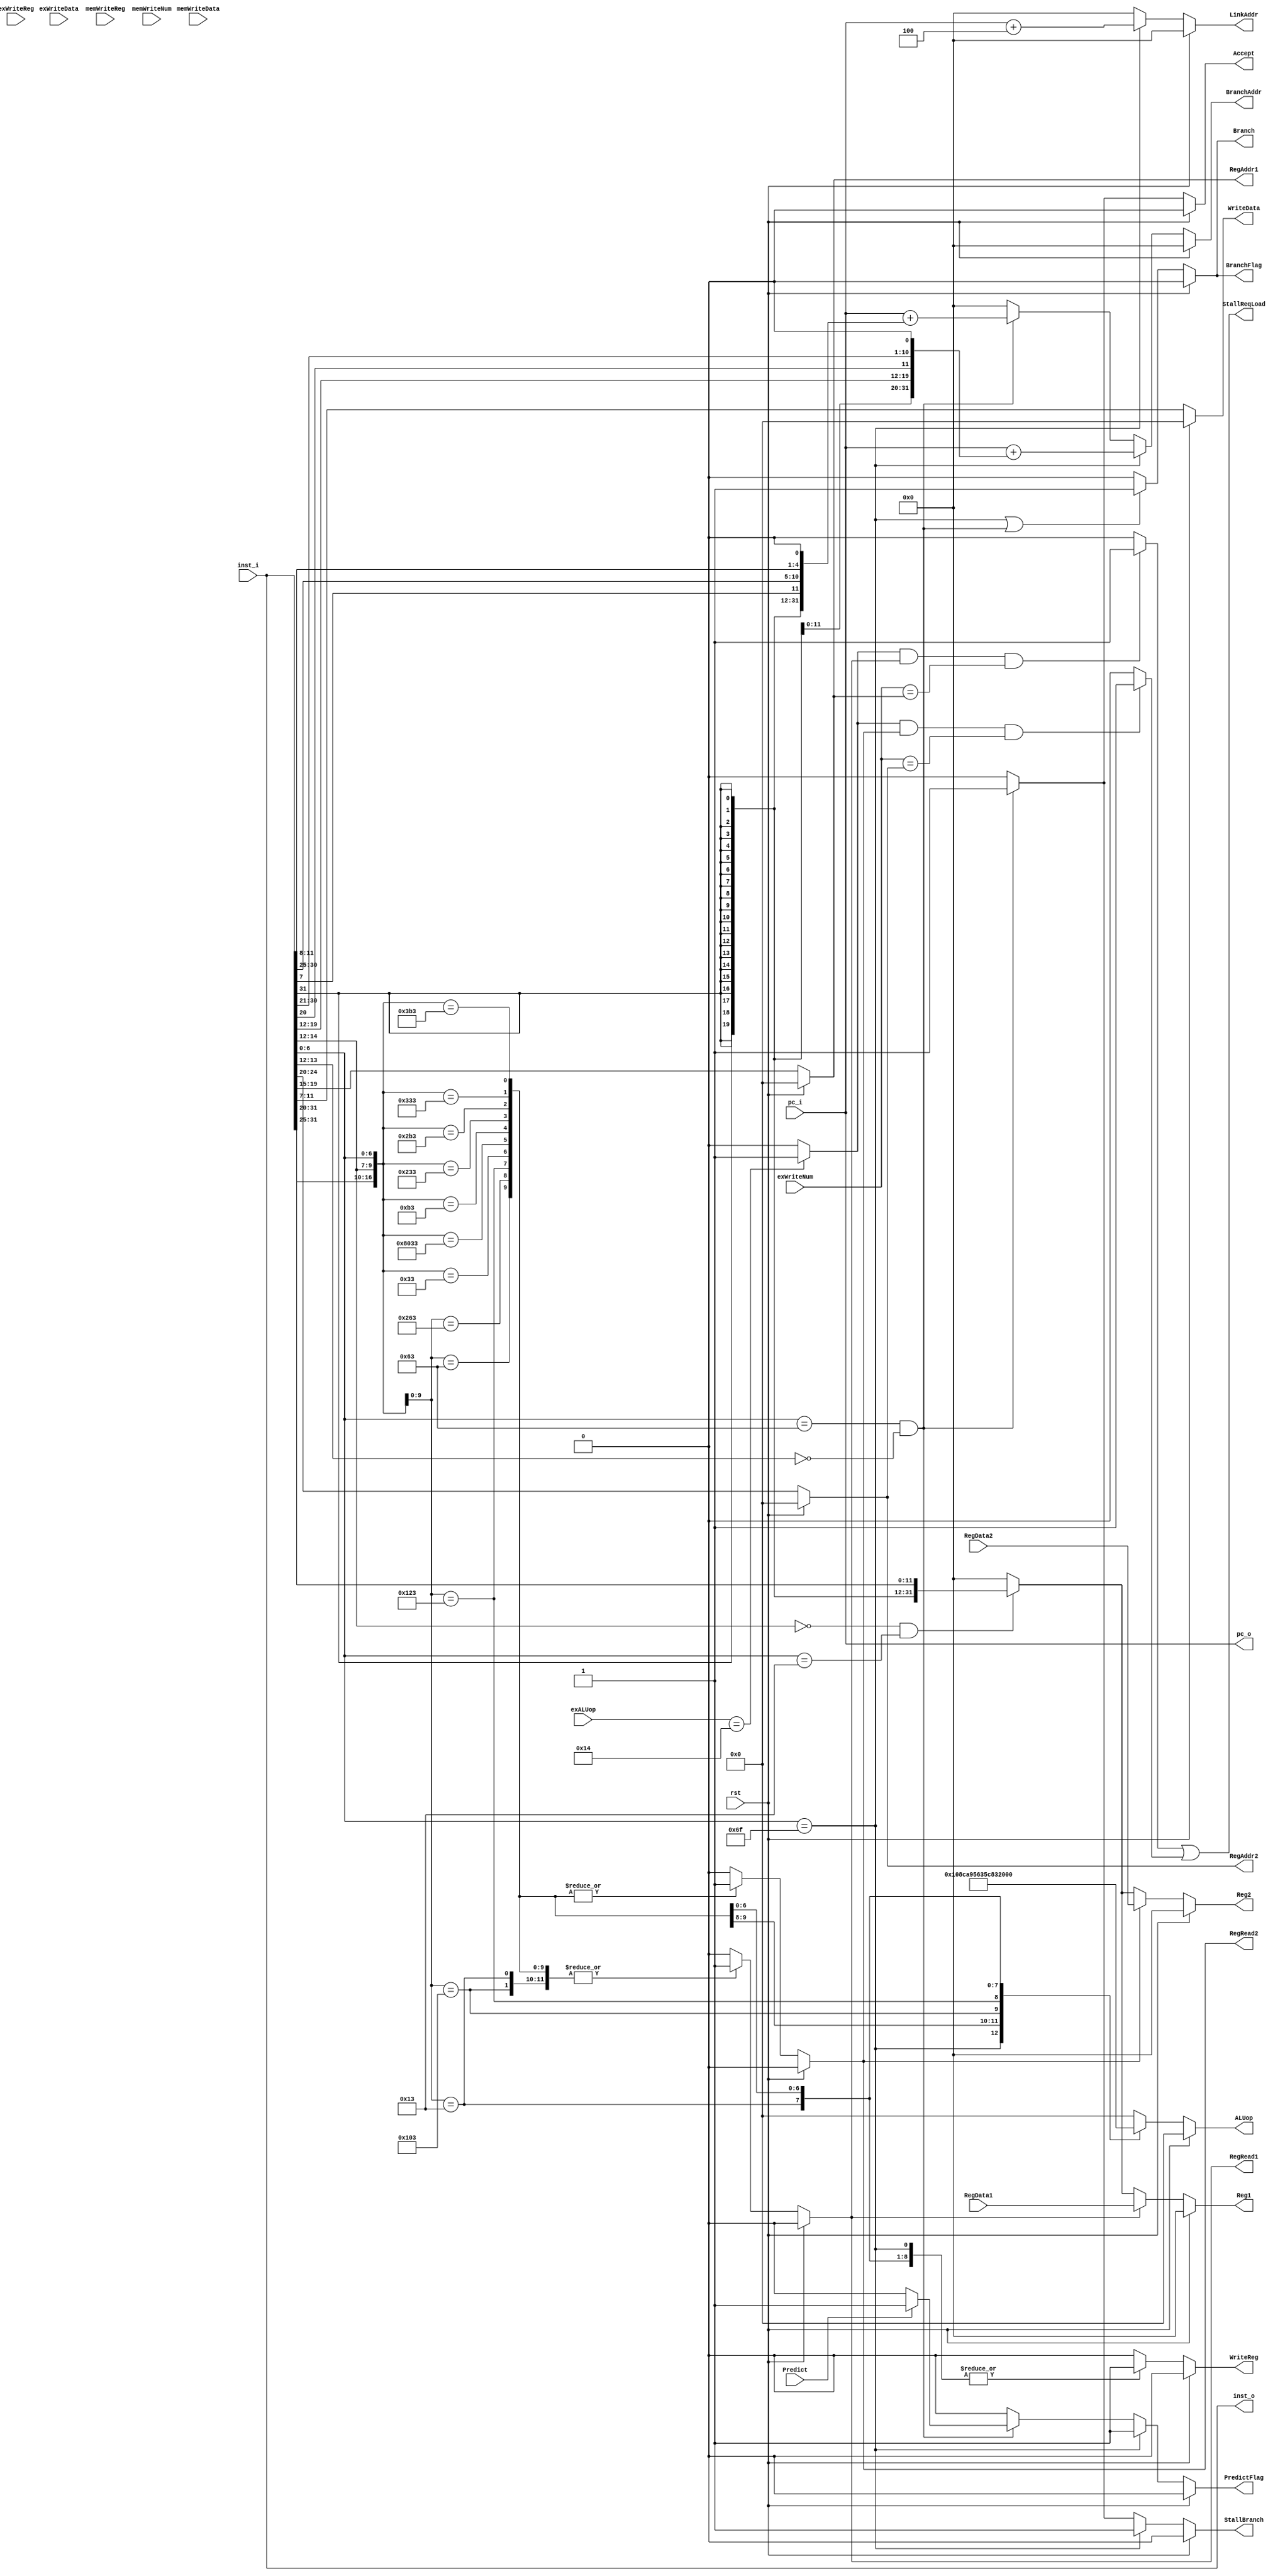
/*
 * Ask me anything: via repo/issue, or e-mail: vencifreeman16@sjtu.edu.cn.
 * School: Shanghai Jiao Tong University.

 * Description:
 * This file determines the ALUop and determines what to do.

 * Details:
 * - Decode the instruction, get ALUop by opcode, funct3 and funct7;
 * - Determine if the register needs to be read or not and send the register
 *   numbers rs1, rs2 to the register file, and read the corresponding data as the
 *   source operand;
 * - Determine if the register needs to be written or not then output target
 *   register number rd and write register flag for register write back;
 * - Determine if the branch instruction is true or not and calculate the jump
 *   address (or in ex.v);
 * - Sign extension (or unsigned extension) for instructions containing immediate
 *   values as one of the source operands.

 * History:
 * - 19/12/27: Create this pipeline file;
 * - 19/12/28: Add predict and stall;
 * - 19/12/29: Finished!

 * Notes:
 ***************************************************************************************
 * Inst * ALUSrc * MemToReg * RegWrite * MemRead * MemWrite * Branch * ALUOp1 * ALUOp0 *
 ***************************************************************************************
 *   R  *    0   *     0    *     1    *    0    *     0    *    0   *    1   *    0   *
 ***************************************************************************************
 *  lw  *    1   *     1    *     1    *    1    *     0    *    0   *    0   *    0   *
 ***************************************************************************************
 *  sw  *    1   *     x    *     0    *    0    *     1    *    0   *    0   *    0   *
 ***************************************************************************************
 * beq  *    0   *     x    *     0    *    0    *     0    *    1   *    0   *    1   *
 ***************************************************************************************
 */

module ID(

    input   wire        rst,
    input   wire[31:0]  pc_i,
    input   wire[31:0]  inst_i,
    input   wire[31:0]  RegData1,
    input   wire[31:0]  RegData2,

    input   wire[4:0]	exALUop,
	input   wire		exWriteReg,
	input   wire[31:0]	exWriteData,
	input   wire[4:0]   exWriteNum,
	input   wire		memWriteReg,
	input   wire[31:0]	memWriteData,
	input   wire[4:0]   memWriteNum,
    input   wire 		Predict,
    
    output  reg         RegRead1,     // if read register or not
    output  reg         RegRead2,     // if read register or not
    output  reg [4:0]   RegAddr1,
    output  reg [4:0]   RegAddr2,

    output  reg [4:0]   ALUop,
    output  reg [31:0]  Reg1,
    output  reg [31:0]  Reg2,
    output  reg [4:0]   WriteData,
    output  reg         WriteReg,     // if write register or not

    output  reg         Branch,       // if branch or not
    output  reg [31:0]  BranchAddr,   // branch address
    output  reg [31:0]  LinkAddr,     // link address for jal
    output  wire[31:0]  inst_o,
	output  wire[31:0] 	pc_o,
    output  reg			BranchFlag,
	output  reg			Accept,
	output  reg			PredictFlag,
    output  reg         StallBranch,	
	output  wire        StallReqLoad

);

    reg inst_valid;
    reg [31:0] imm;

    wire[31:0] pc_add_4;
    wire[31:0] pc_add_imm_B;
    wire[31:0] pc_add_imm_J;
    wire[4:0]  rs1_addr = inst_i[19:15];
    wire[4:0]  rs2_addr = inst_i[24:20];
    wire[4:0]  rd_addr  = inst_i[11:7];


    wire[31:0] imm_I = {{21{inst_i[31:31]}}, inst_i[30:20]};
    wire[31:0] imm_S = {{21{inst_i[31:31]}}, inst_i[30:25], inst_i[11:7]};
    wire[31:0] imm_B = {{20{inst_i[31:31]}}, inst_i[ 7: 7], inst_i[30:25], inst_i[11:8], 1'b0};
    wire[31:0] imm_J = {{12{inst_i[31:31]}}, inst_i[19:12], inst_i[20:20], inst_i[30:25], inst_i[24:21], 1'b0};

    assign inst_o = inst_i;
    assign pc_o = pc_i;
    assign pc_add_4 = pc_i + 4;
    assign pc_add_imm_B = pc_i + imm_B;
    assign pc_add_imm_J = pc_i + imm_J;


    reg StallReq1;
	reg StallReq2;
	wire PreInstLoad;

	assign StallReqLoad = StallReq1 | StallReq2;
	assign PreInstLoad  = ( (exALUop == 5'b10100) ) ? 1'b1 : 1'b0;

/*
 * This always part controls ALUop, it helps EX module excute the different instructions.
 */
always @ (*) begin
    if (rst)
        ALUop <= 5'b0;
    else begin
        casex (inst_i)
            32'bxxxxxxxxxxxxxxxxxxxxxxxxx1101111: ALUop <= 5'b10000;  // jal
            32'bxxxxxxxxxxxxxxxxx000xxxxx1100011: ALUop <= 5'b10001;  // beq
            32'bxxxxxxxxxxxxxxxxx100xxxxx1100011: ALUop <= 5'b10010;  // blt
            32'bxxxxxxxxxxxxxxxxx010xxxxx0000011: ALUop <= 5'b10100;  // lw
            32'bxxxxxxxxxxxxxxxxx010xxxxx0100011: ALUop <= 5'b10101;  // sw
            32'bxxxxxxxxxxxxxxxxx000xxxxx0010011: ALUop <= 5'b01100;  // addi
            32'b0000000xxxxxxxxxx000xxxxx0110011: ALUop <= 5'b01101;  // add
            32'b0100000xxxxxxxxxx000xxxxx0110011: ALUop <= 5'b01110;  // sub
            32'b0000000xxxxxxxxxx001xxxxx0110011: ALUop <= 5'b01000;  // sll
            32'b0000000xxxxxxxxxx100xxxxx0110011: ALUop <= 5'b00110;  // xor
            32'b0000000xxxxxxxxxx101xxxxx0110011: ALUop <= 5'b01001;  // srl
            32'b0000000xxxxxxxxxx110xxxxx0110011: ALUop <= 5'b00101;  // or
            32'b0000000xxxxxxxxxx111xxxxx0110011: ALUop <= 5'b00100;  // and
            default: ALUop <= 5'b0;
        endcase
    end
end

/*
 * This always part controls the signal WriteReg.
 */
always @ (*) begin
    if (rst)
        WriteReg <= 1'b0;
    else begin
        casex (inst_i)
            32'bxxxxxxxxxxxxxxxxxxxxxxxxx1101111: WriteReg <= 1'b1;  // jal
            32'bxxxxxxxxxxxxxxxxx000xxxxx1100011: WriteReg <= 1'b0;  // beq
            32'bxxxxxxxxxxxxxxxxx100xxxxx1100011: WriteReg <= 1'b0;  // blt
            32'bxxxxxxxxxxxxxxxxx010xxxxx0000011: WriteReg <= 1'b1;  // lw
            32'bxxxxxxxxxxxxxxxxx010xxxxx0100011: WriteReg <= 1'b0;  // sw
            32'bxxxxxxxxxxxxxxxxx000xxxxx0010011: WriteReg <= 1'b1;  // addi
            32'b0000000xxxxxxxxxx000xxxxx0110011: WriteReg <= 1'b1;  // add
            32'b0100000xxxxxxxxxx000xxxxx0110011: WriteReg <= 1'b1;  // sub
            32'b0000000xxxxxxxxxx001xxxxx0110011: WriteReg <= 1'b1;  // sll
            32'b0000000xxxxxxxxxx100xxxxx0110011: WriteReg <= 1'b1;  // xor
            32'b0000000xxxxxxxxxx101xxxxx0110011: WriteReg <= 1'b1;  // srl
            32'b0000000xxxxxxxxxx110xxxxx0110011: WriteReg <= 1'b1;  // or
            32'b0000000xxxxxxxxxx111xxxxx0110011: WriteReg <= 1'b1;  // and
            default: WriteReg <= 1'b0;
        endcase
    end
end

/*
 * This always part controls the signal inst_valid, it checks the instructions legal or not.
 */
always @ (*) begin
    if (rst)
        inst_valid <= 1'b0;
    else begin
        casex (inst_i)
            32'bxxxxxxxxxxxxxxxxxxxxxxxxx1101111: inst_valid <= 1'b0;  // jal
            32'bxxxxxxxxxxxxxxxxx000xxxxx1100011: inst_valid <= 1'b0;  // beq
            32'bxxxxxxxxxxxxxxxxx100xxxxx1100011: inst_valid <= 1'b0;  // blt
            32'bxxxxxxxxxxxxxxxxx010xxxxx0000011: inst_valid <= 1'b0;  // lw
            32'bxxxxxxxxxxxxxxxxx010xxxxx0100011: inst_valid <= 1'b0;  // sw
            32'bxxxxxxxxxxxxxxxxx000xxxxx0010011: inst_valid <= 1'b0;  // addi
            32'b0000000xxxxxxxxxx000xxxxx0110011: inst_valid <= 1'b0;  // add
            32'b0100000xxxxxxxxxx000xxxxx0110011: inst_valid <= 1'b0;  // sub
            32'b0000000xxxxxxxxxx001xxxxx0110011: inst_valid <= 1'b0;  // sll
            32'b0000000xxxxxxxxxx100xxxxx0110011: inst_valid <= 1'b0;  // xor
            32'b0000000xxxxxxxxxx101xxxxx0110011: inst_valid <= 1'b0;  // srl
            32'b0000000xxxxxxxxxx110xxxxx0110011: inst_valid <= 1'b0;  // or
            32'b0000000xxxxxxxxxx111xxxxx0110011: inst_valid <= 1'b0;  // and
            default: inst_valid <= 1'b1;
        endcase
    end
end

/*
 * This always part controls the signal RegRead1, it decides if this instruction needs rs1 or not.
 */
always @ (*) begin
    if (rst)
        RegRead1 <= 1'b0;
    else begin
        casex (inst_i)
            32'bxxxxxxxxxxxxxxxxxxxxxxxxx1101111: RegRead1 <= 1'b0;  // jal
            32'bxxxxxxxxxxxxxxxxx000xxxxx1100011: RegRead1 <= 1'b1;  // beq
            32'bxxxxxxxxxxxxxxxxx100xxxxx1100011: RegRead1 <= 1'b1;  // blt
            32'bxxxxxxxxxxxxxxxxx010xxxxx0000011: RegRead1 <= 1'b1;  // lw
            32'bxxxxxxxxxxxxxxxxx010xxxxx0100011: RegRead1 <= 1'b1;  // sw
            32'bxxxxxxxxxxxxxxxxx000xxxxx0010011: RegRead1 <= 1'b1;  // addi
            32'b0000000xxxxxxxxxx000xxxxx0110011: RegRead1 <= 1'b1;  // add
            32'b0100000xxxxxxxxxx000xxxxx0110011: RegRead1 <= 1'b1;  // sub
            32'b0000000xxxxxxxxxx001xxxxx0110011: RegRead1 <= 1'b1;  // sll
            32'b0000000xxxxxxxxxx100xxxxx0110011: RegRead1 <= 1'b1;  // xor
            32'b0000000xxxxxxxxxx101xxxxx0110011: RegRead1 <= 1'b1;  // srl
            32'b0000000xxxxxxxxxx110xxxxx0110011: RegRead1 <= 1'b1;  // or
            32'b0000000xxxxxxxxxx111xxxxx0110011: RegRead1 <= 1'b1;  // and
            default: RegRead1 <= 1'b0;
        endcase
    end
end

/*
 * This always part controls the signal RegRead2, it decides if this instruction needs rs2 or not.
 */
always @ (*) begin
    if (rst)
        RegRead2 <= 1'b0;
    else begin
        casex (inst_i)
            32'bxxxxxxxxxxxxxxxxxxxxxxxxx1101111: RegRead2 <= 1'b0;  // jal
            32'bxxxxxxxxxxxxxxxxx000xxxxx1100011: RegRead2 <= 1'b1;  // beq
            32'bxxxxxxxxxxxxxxxxx100xxxxx1100011: RegRead2 <= 1'b1;  // blt
            32'bxxxxxxxxxxxxxxxxx010xxxxx0000011: RegRead2 <= 1'b0;  // lw
            32'bxxxxxxxxxxxxxxxxx010xxxxx0100011: RegRead2 <= 1'b1;  // sw
            32'bxxxxxxxxxxxxxxxxx000xxxxx0010011: RegRead2 <= 1'b0;  // addi
            32'b0000000xxxxxxxxxx000xxxxx0110011: RegRead2 <= 1'b1;  // add
            32'b0100000xxxxxxxxxx000xxxxx0110011: RegRead2 <= 1'b1;  // sub
            32'b0000000xxxxxxxxxx001xxxxx0110011: RegRead2 <= 1'b1;  // sll
            32'b0000000xxxxxxxxxx100xxxxx0110011: RegRead2 <= 1'b1;  // xor
            32'b0000000xxxxxxxxxx101xxxxx0110011: RegRead2 <= 1'b1;  // srl
            32'b0000000xxxxxxxxxx110xxxxx0110011: RegRead2 <= 1'b1;  // or
            32'b0000000xxxxxxxxxx111xxxxx0110011: RegRead2 <= 1'b1;  // and
            default: RegRead2 <= 1'b0;
        endcase
    end
end

/*
 * This always part controls the signal imm, it gets the right format immediate number for I-type instuctions.
 */
always @ (*) begin
    if (rst)
        imm <= 32'b0;
    else if (inst_i[14:12] == 3'b000 && inst_i[6:0] == 7'b0010011)  // addi
        imm <= imm_I;
    else
        imm <= 32'b0;
end

/*
 * This always part controls the signal LinkAddr, it gets the right address.
 */
always @ (*) begin
    if (rst)
        LinkAddr <= 32'b0;
    else if (inst_i[6:0] == 7'b1101111)  // jal
        LinkAddr <= pc_add_4;
    else
        LinkAddr <= 32'b0;
end

/*
 * This always part controls the signal BranchAddr, it gets the right address.
 */
always @ (*) begin
    if (rst)
        BranchAddr <= 32'b0;
    else if (inst_i[6:0] == 7'b1101111)  // jal
        BranchAddr <= pc_add_imm_J;
    else if (inst_i[6:0] == 7'b1100011 && inst_i[13:12] == 2'b0)  // beq, blt
        BranchAddr <= pc_add_imm_B;
    else
        BranchAddr <= 32'b0;
end

/*
 * This always part controls the signal Branch, it decides if this instruction needs branch of not.
 */
always @ (*) begin
    if (rst)
        Branch <= 1'b0;
    else if (inst_i[6:0] == 7'b1101111 || (inst_i[6:0] == 7'b1100011 && inst_i[13:12] == 2'b0))  // jal, beq, blt
        Branch <= 1'b1;
    else
        Branch <= 1'b0;
end

/*
 * This always part controls the signal WriteData, it decides if this instruction needs to write data of not.
 */
always @ (*) begin
    if (rst)
        WriteData <= 5'b0;
    else
        WriteData <= rd_addr;
end

/*
 * This always part controls the signal ReadAddr1, it gets the right rs1 number.
 */
always @ (*) begin
    if (rst)
        RegAddr1 <= 5'b0;
    else
        RegAddr1 <= rs1_addr;
end

/*
 * This always part controls the signal ReadAddr2, it gets the right rs2 number.
 */
always @ (*) begin
    if (rst)
        RegAddr2 <= 5'b0;
    else
        RegAddr2 <= rs2_addr;
end

/*
 * This always part controls the signal Reg1, it gets the right rs1 data.
 */
always @ (*) begin
    if (rst)
        Reg1 <= 32'b0;
    else if (RegRead1)
        Reg1 <= RegData1;
    else if (!RegRead1)
        Reg1 <= imm;
    else
        Reg1 <= 32'b0;
end

/*
 * This always part controls the signal Reg2, it gets the right rs2 data.
 */
always @ (*) begin
    if (rst)
        Reg2 <=  32'b0;
    else if (RegRead2)
        Reg2 <= RegData2;
    else if (!RegRead2)
        Reg2 <= imm;
    else
        Reg2 <= 32'b0;
end

/*
 * This always part controls the signal BranchFlag.
 */
always @ (*) begin
    if (rst)
        BranchFlag <= 1'b0;
    else if (inst_i[6:0] == 7'b1101111 || (inst_i[6:0] == 7'b1100011 && inst_i[13:12] == 2'b00))  // jal, beq, blt
        BranchFlag <= 1'b1;
    else
        BranchFlag <= 1'b0;
end

/*
 * This always part controls the signal Accept.
 */
always @ (*) begin
    if (rst)
        Accept <= 1'b0;
    else if ((inst_i[6:0] == 7'b1100011 && inst_i[13:12] == 2'b00))  // beq, blt
        Accept <= 1'b1;
    else
        Accept <= 1'b0;
end

/*
 * This always part controls the signal PredictFlag.
 */
always @ (*) begin
    if (rst)
        PredictFlag <= 1'b0;
    else if (inst_i[6:0] == 7'b1101111)  // jal
        PredictFlag <= 1'b1;
    else if ((inst_i[6:0] == 7'b1100011 && inst_i[13:12] == 2'b00))  // beq, blt
        PredictFlag <= Predict ? 1'b1 : 1'b0;
    else
        PredictFlag <= 1'b0;
end

/*
 * This always part controls the signal StallBranch.
 */
always @ (*) begin
    if (rst)
        StallBranch <= 1'b0;
    else if (inst_i[6:0] == 7'b1101111)  // jal
        StallBranch = 1'b1;
    else if ((inst_i[6:0] == 7'b1100011 && inst_i[13:12] == 2'b00))  // beq, blt
        StallBranch <= 1'b1;
    else
        StallBranch <= 1'b0;
end

/*
 * This always part controls the signal StallReq1.
 */
always @ (*) begin
    if(PreInstLoad && RegRead1 && exWriteNum == RegAddr1)
	    StallReq1 <= 1'b1;
    else
        StallReq1 <= 1'b0;
end

/*
 * This always part controls the signal StallReq2.
 */
always @ (*) begin
    if(PreInstLoad && RegRead2 && exWriteNum == RegAddr2)
	    StallReq2 <= 1'b1;
    else
        StallReq2 <= 1'b0;
end	

endmodule